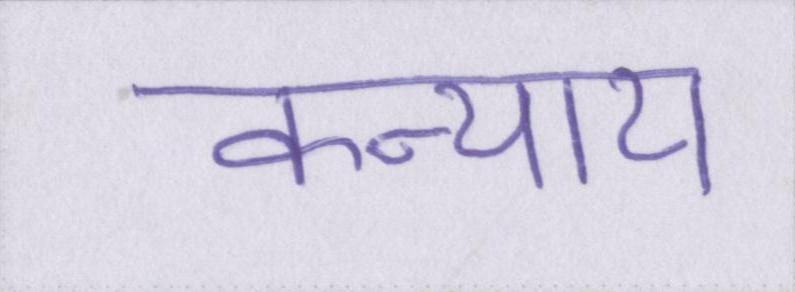
कन्याय